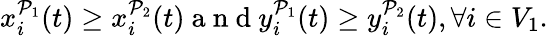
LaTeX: x_{i}^{\mathcal{P}_{1}}(t)\geq x_{i}^{\mathcal{P}_{2}}(t)\mathrm{~a~n~d~}y_{i}^{\mathcal{P}_{1}}(t)\geq y_{i}^{\mathcal{P}_{2}}(t),\forall i\in V_{1}.